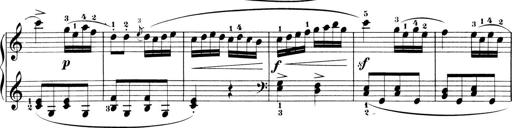
Title: 6 Piano Sonatinas
Composer: Cornelius Gurlitt